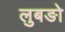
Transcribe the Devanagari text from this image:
लुबङो